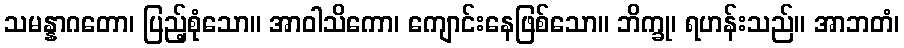
သမန္နာဂတော၊ ပြည့်စုံသော။ အာဝါသိကော၊ ကျောင်းနေဖြစ်သော။ ဘိက္ခု၊ ရဟန်းသည်။ အာဘတံ၊